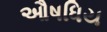
ઔષધિય